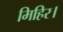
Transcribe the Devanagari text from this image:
मिहिर।